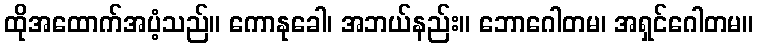
ထိုအထောက်အပံ့သည်။ ကောနုခေါ၊ အဘယ်နည်း။ ဘောဂေါတမ၊ အရှင်ဂေါတမ။